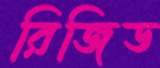
রিজিড